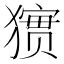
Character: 㺙